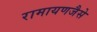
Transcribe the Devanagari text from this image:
रामायणजैसे